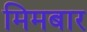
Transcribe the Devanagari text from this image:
मिमबार